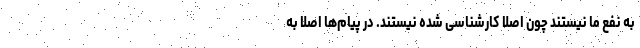
به نفع ما نیستند چون اصلا کارشناسی شده نیستند. در پیام‌ها اصلا به